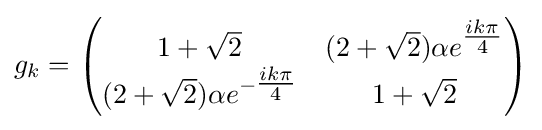
g_{k}={\begin{pmatrix}1+{\sqrt {2}}&(2+{\sqrt {2}})\alpha e^{\tfrac {ik\pi }{4}}\\(2+{\sqrt {2}})\alpha e^{-{\tfrac {ik\pi }{4}}}&1+{\sqrt {2}}\end{pmatrix}}